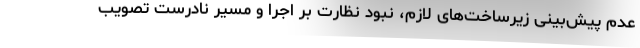
عدم پیش‌بینی زیرساخت‌های لازم، نبود نظارت بر اجرا و مسیر نادرست تصویب